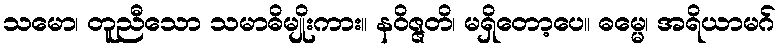
သမော၊ တူညီသော သမာဓိမျိုးကား။ နဝိဇ္ဇတိ၊ မရှိတော့ပေ။ ဓမ္မေ၊ အရိယာမဂ်